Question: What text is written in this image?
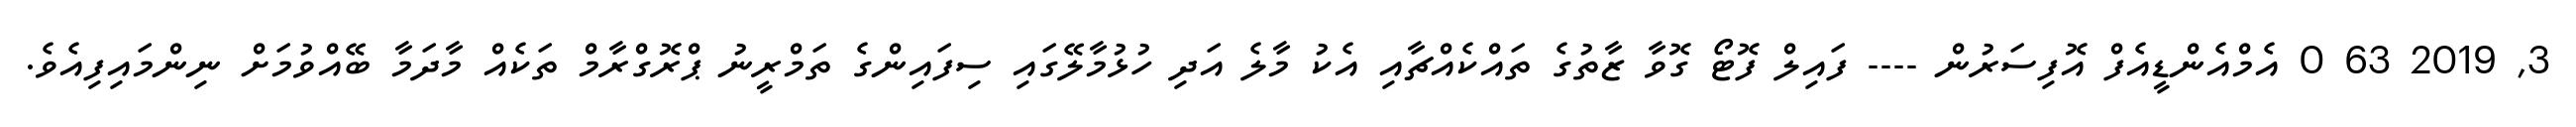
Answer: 3, 2019 63 0 އެމްއެންޑީއެފް އޮފިސަރުން ---- ފައިލް ފޮޓޯ ގޮވާ ޒާތުގެ ތައްކެއްޗާއި އެކު މާލެ އަދި ހުޅުމާލޭގައި ސިފައިންގެ ތަމްރީނު ޕްރޮގްރާމް ތަކެއް މާދަމާ ބޭއްވުމަށް ނިންމައިފިއެވެ.